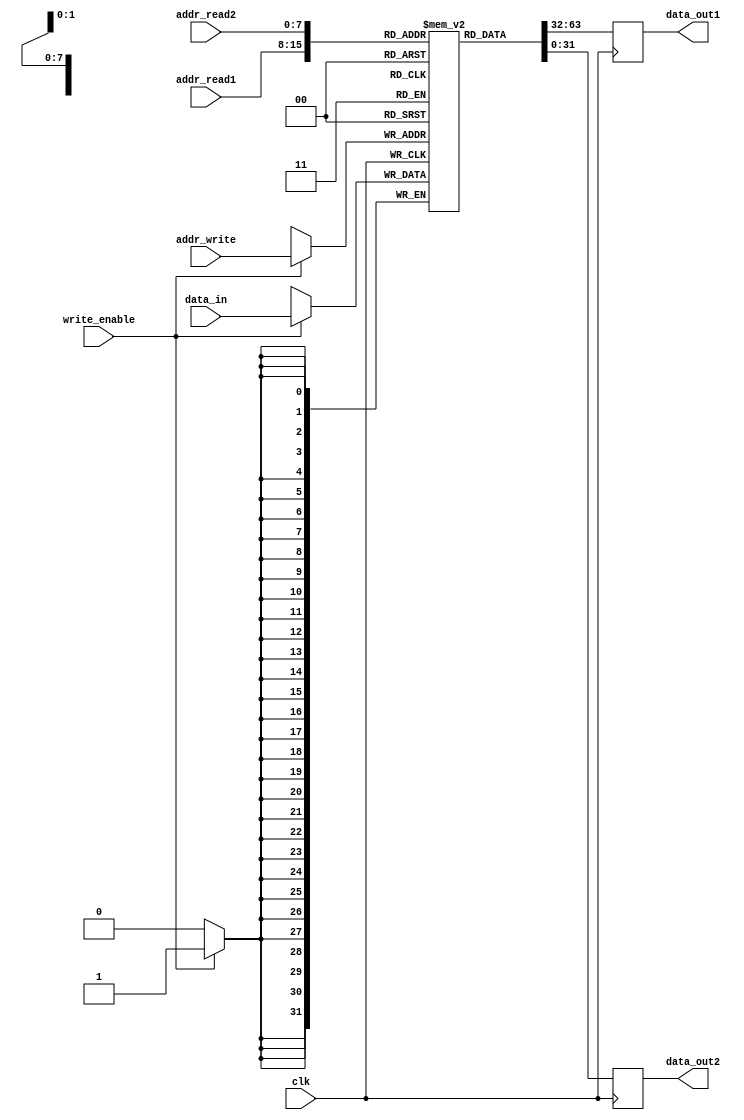
module multiport_register_file (
    input wire clk,
    input wire [7:0] addr_read1,
    input wire [7:0] addr_read2,
    input wire [7:0] addr_write,
    input wire [31:0] data_in,
    input wire write_enable,
    output reg [31:0] data_out1,
    output reg [31:0] data_out2
);

reg [31:0] register_file [255:0];

always @ (posedge clk) begin
    if (write_enable) begin
        register_file[addr_write] <= data_in;
    end
    
    data_out1 <= register_file[addr_read1];
    data_out2 <= register_file[addr_read2];
end

endmodule